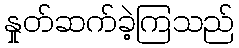
နှုတ်ဆက်ခဲ့ကြသည်